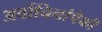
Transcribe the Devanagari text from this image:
अर्वाचिनांपैकी